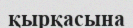
қырқасына